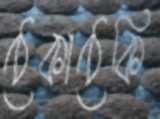
ঠেকাঠেকি